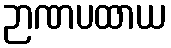
ဉာဏပထာယ